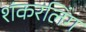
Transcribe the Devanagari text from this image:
शंकरलिंग